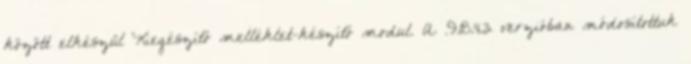
között elkészül Kiegészítő melléklet-készítő modul. A .9.18.4.3 verzióban módosítottuk